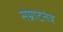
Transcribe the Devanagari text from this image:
सम्राटतंत्र